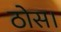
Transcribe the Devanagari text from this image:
ठोस।